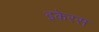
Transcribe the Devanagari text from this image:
इकेरस